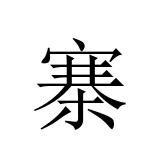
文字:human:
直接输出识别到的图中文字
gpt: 寨